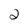
Character: 2